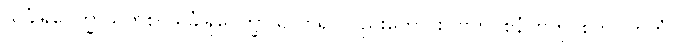
သင်္ခါရုပေက္ခာသူတိစ၊ သင်္ခါရုပေက္ခာသု ဟူ၍ လည်းကောင်း။ ဗဟူဝစနံ၊ ဗဟုဝုစ်ကို။ ကတံ၊